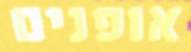
אופנים